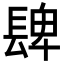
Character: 𨲋